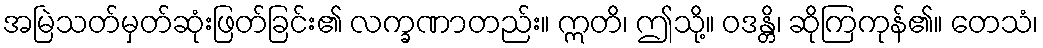
အမြဲသတ်မှတ်ဆုံးဖြတ်ခြင်း၏ လက္ခဏာတည်း။ ဣတိ၊ ဤသို့။ ဝဒန္တိ၊ ဆိုကြကုန်၏။ တေသံ၊